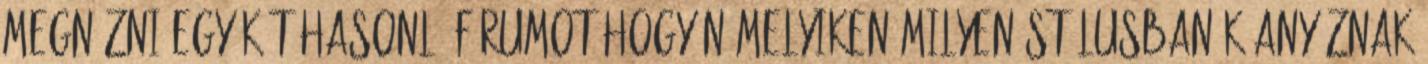
megnézni egy-két hasonló fórumot hogy némelyiken milyen stí­lusban k.anyáznak